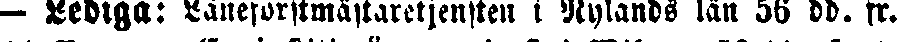
— Lediga: Läneforstmästaretjensten i Nylands län 56 dd. fr.